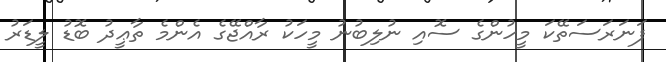
ފަނަރަސަތޭކަ މީހުންގެ ސޮއި ނުލިބުނު މީހަކު ރާއްޖޭގެ އެންމެ ތާޢީދު ބޮޑު ލީޑަރު